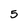
Character: 5